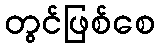
တွင်ဖြစ်စေ